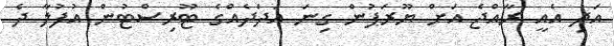
އަދި އެއީ ރާއްޖެ އަށް ޔޫރަޕުން ގިނަ އަދަދެއްގެ ޓޫރިސްޓުން އުފުލާ ދެ